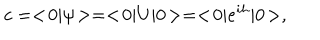
LaTeX: c = < \! 0 | \psi \! > = < \! 0 | U | 0 \! > = < \! 0 | e ^ { i h } | 0 \! > ,